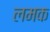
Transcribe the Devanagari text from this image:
लमक